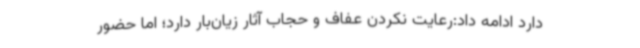
دارد ادامه داد:رعایت نکردن عفاف و حجاب آثار زیان‌بار دارد؛ اما حضور